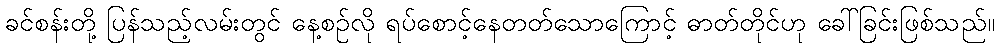
ခင်စန်းတို့ ပြန်သည့်လမ်းတွင် နေ့စဉ်လို ရပ်စောင့်နေတတ်သောကြောင့် ဓာတ်တိုင်ဟု ခေါ်ခြင်းဖြစ်သည်။